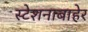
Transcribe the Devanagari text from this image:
स्टेशनाबाहेर